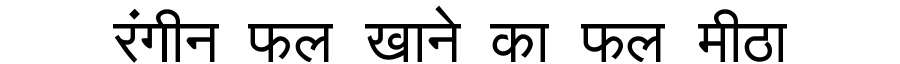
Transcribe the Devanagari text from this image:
रंगीन फल खाने का फल मीठा